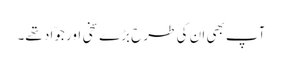
آپ بھی ان کی طرح بڑے سخی اور جوّاد تھے۔